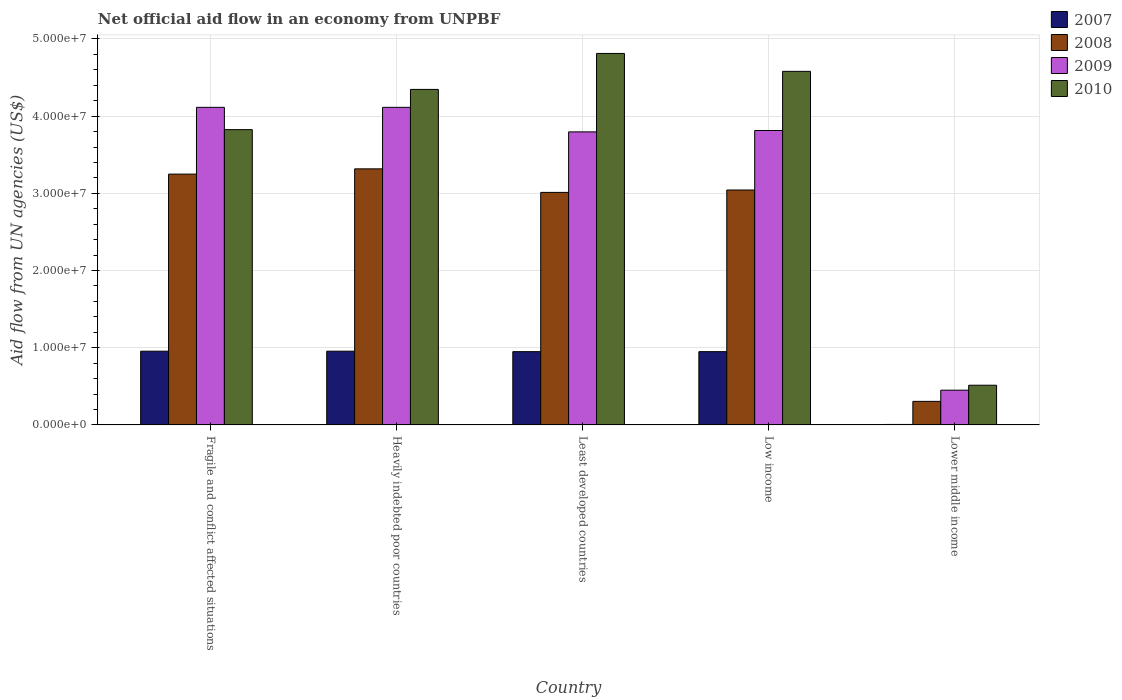
| Country | 2007 | 2008 | 2009 | 2010 |
 | --- | --- | --- | --- | --- |
 | Fragile and conflict affected situations | 9.55e+06 | 3.25e+07 | 4.11e+07 | 3.82e+07 |
 | Heavily indebted poor countries | 9.55e+06 | 3.32e+07 | 4.11e+07 | 4.35e+07 |
 | Least developed countries | 9.49e+06 | 3.01e+07 | 3.8e+07 | 4.81e+07 |
 | Low income | 9.49e+06 | 3.04e+07 | 3.81e+07 | 4.58e+07 |
 | Lower middle income | 6e+04 | 3.05e+06 | 4.5e+06 | 5.14e+06 |